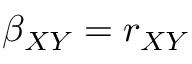
\beta _ { X Y } = r _ { X Y }